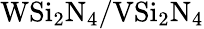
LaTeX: \mathrm{WSi_{2}N_{4}/VSi_{2}N_{4}}